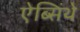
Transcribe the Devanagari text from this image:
ऐब्सिंथे